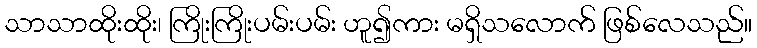
သာသာထိုးထိုး၊ ကြိုးကြိုးပမ်းပမ်း ဟူ၍ကား မရှိသလောက် ဖြစ်လေသည်။